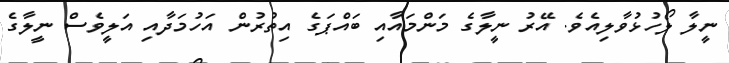
ނީލާ ލޯހުޅުވާލިއެވެ. އޭރު ނީލާގެ މަންމައާއި ބައްޕަގެ އިތުރުން އަހުމަދާއި އަލީވެސް ނީލާގެ